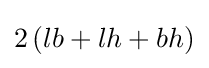
2\left(lb+lh+bh\right)